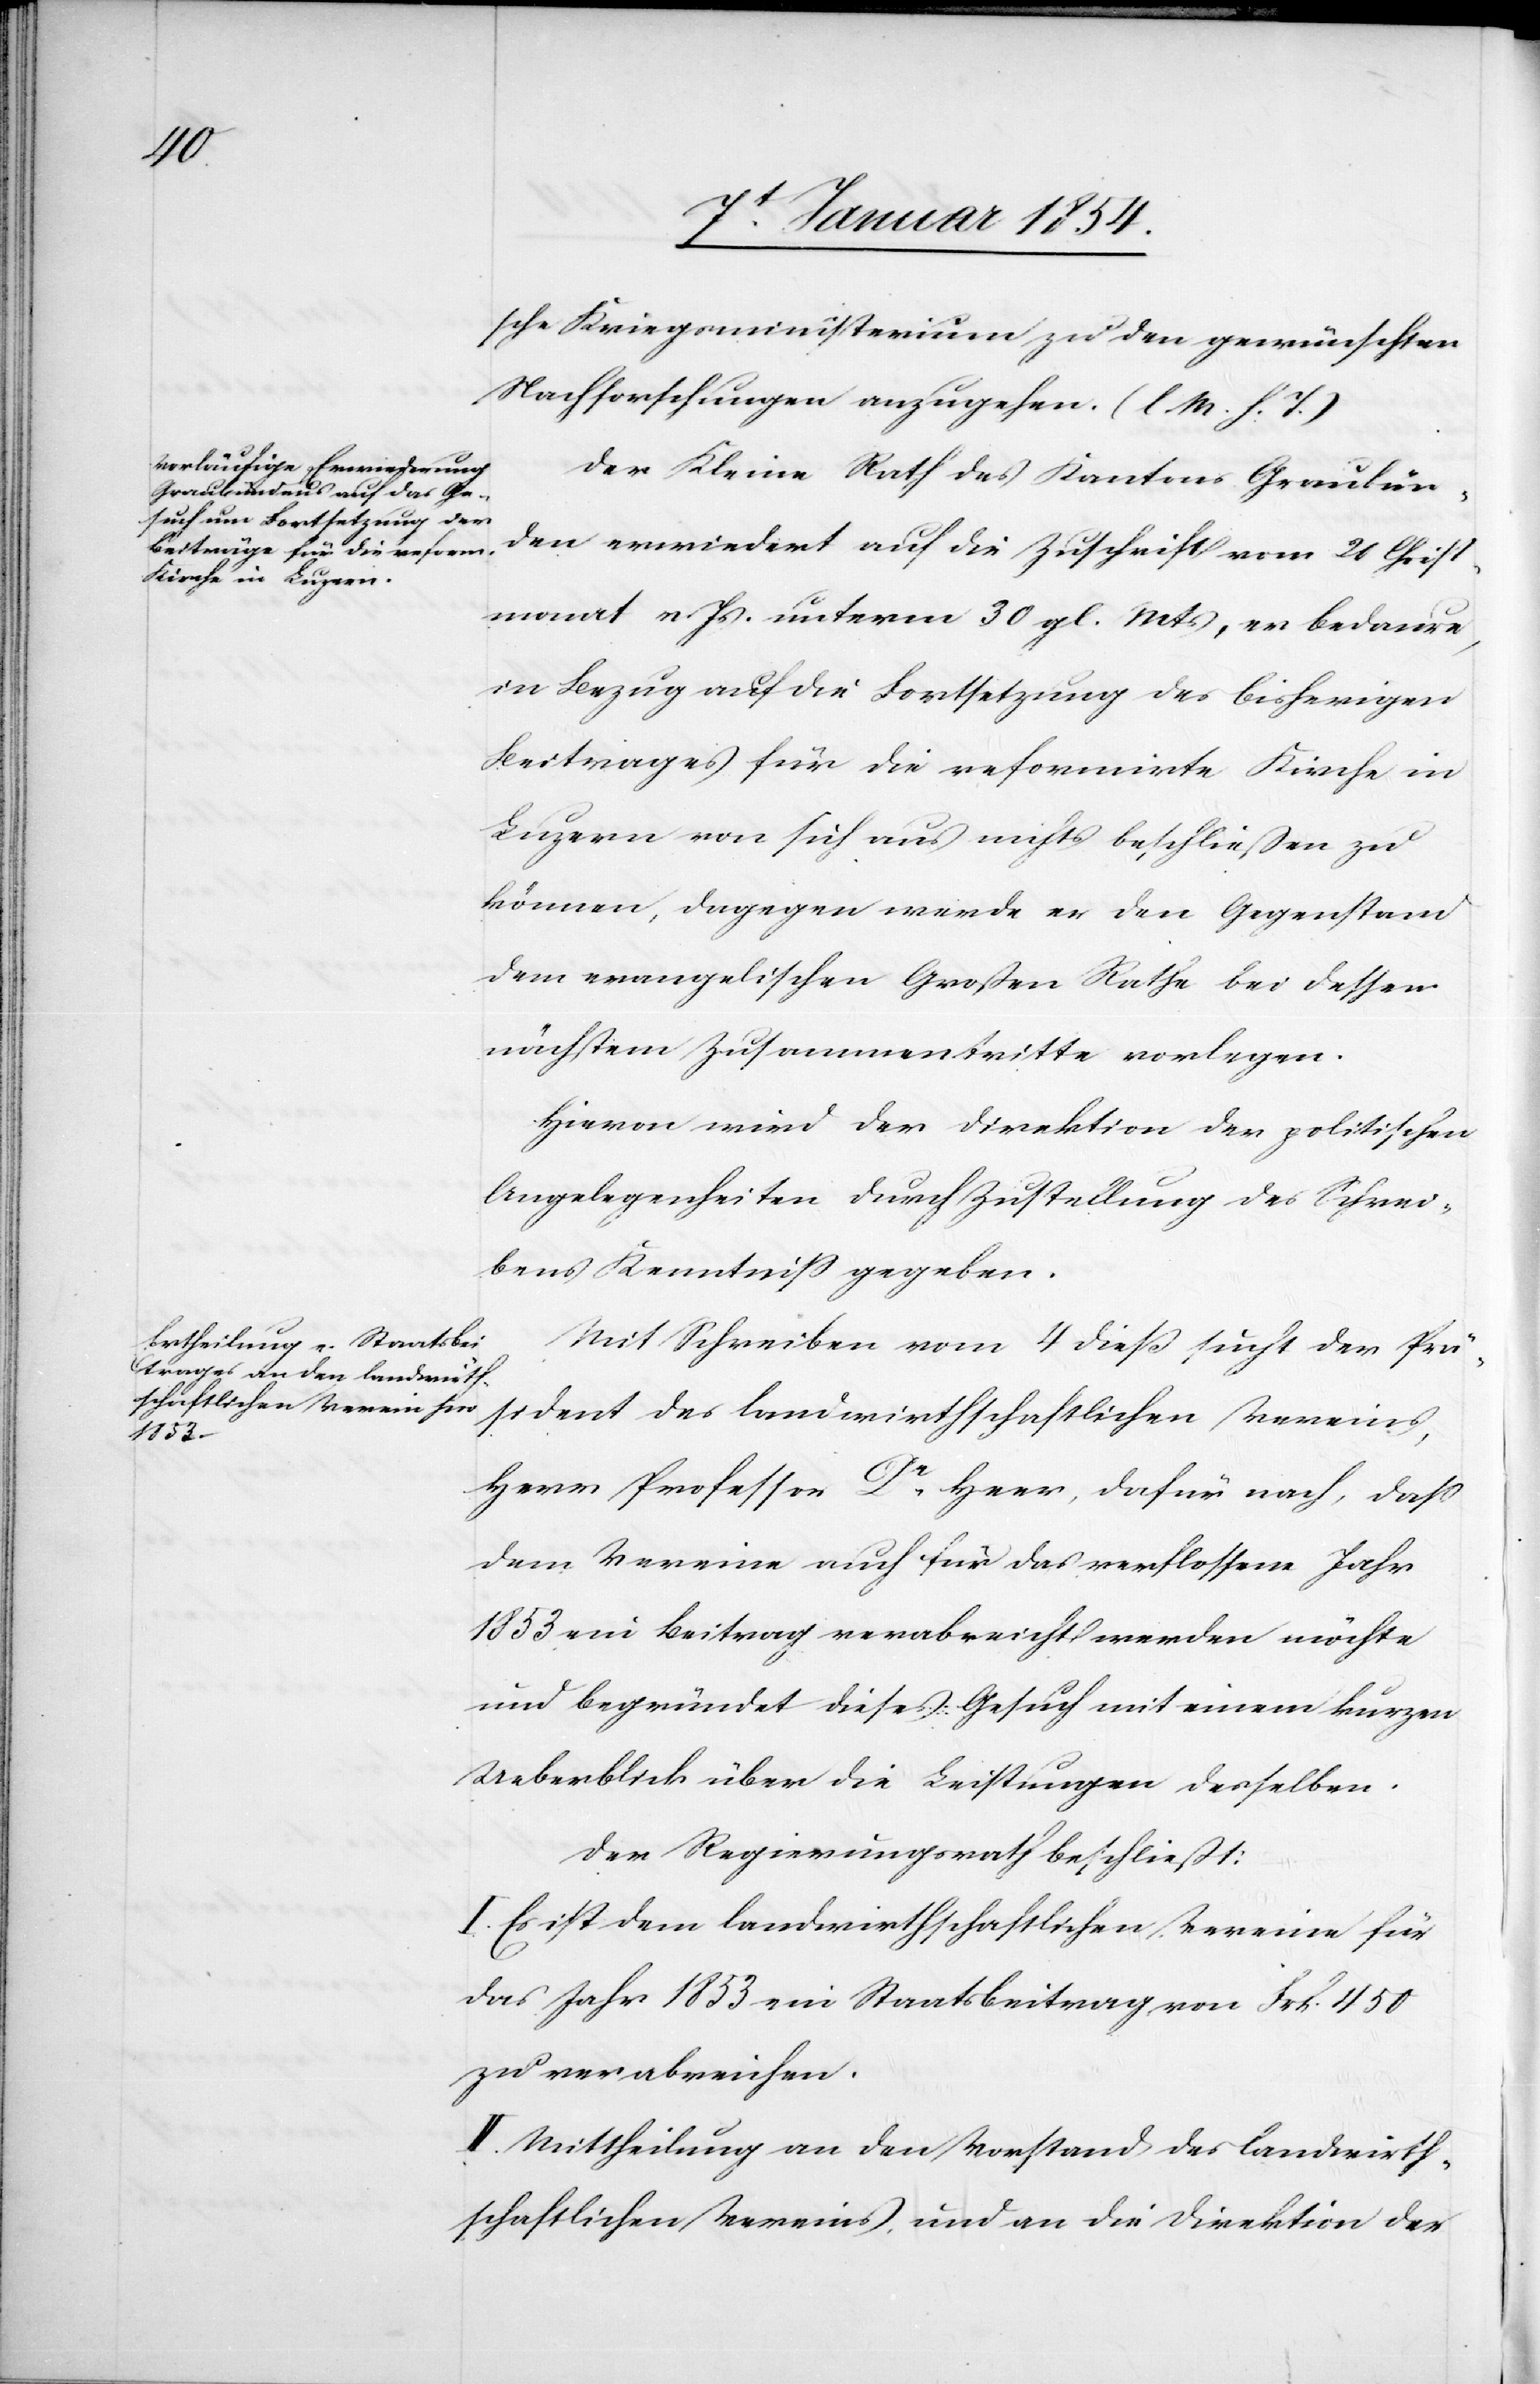
sche Kriegsministerium zu den gewünschten
Nachforschungen anzugehen. (l. M. h. T.)
Der Kleine Rath des Kantons Graubün¬
den erwiedert auf die Zuschrift vom 20 Christ¬
monat v. Js. unterm 30 gl. Mts, er bedaure,
in Bezug auf die Fortsetzung des bisherigen
Beitrages für die reformirte Kirche in
Luzern von sich aus nichts beschließen zu
können, dagegen werde er den Gegenstand
dem evangelischen Großen Rathe bei dessen
nächstem Zusammentritte vorlegen.
Hievon wird der Direktion der politischen
Angelegenheiten durch Zustellung des Schrei¬
bens Kenntniß gegeben.
Mit Schreiben vom 4 dieß sucht der Prä¬
sident des landwirthschaftlichen Vereins,
Herr Professor Dr. Heer, dafür nach, daß
dem Vereine auch für das verflossene Jahr
1853 ein Beitrag verabreicht werden möchte
und begründet dieses Gesuch mit einem kurzen
Ueberblick über die Leistungen desselben.
Der Regierungsrath beschließt:
I. Es ist dem landwirthschaftlichen Vereine für
das Jahr 1853 ein Staatsbeitrag von Frk. 450
zu verabreichen.
II. Mittheilung an den Vorstand des landwirth¬
schaftlichen Vereins, und an die Direktion der